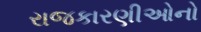
રાજકારણીઓનો